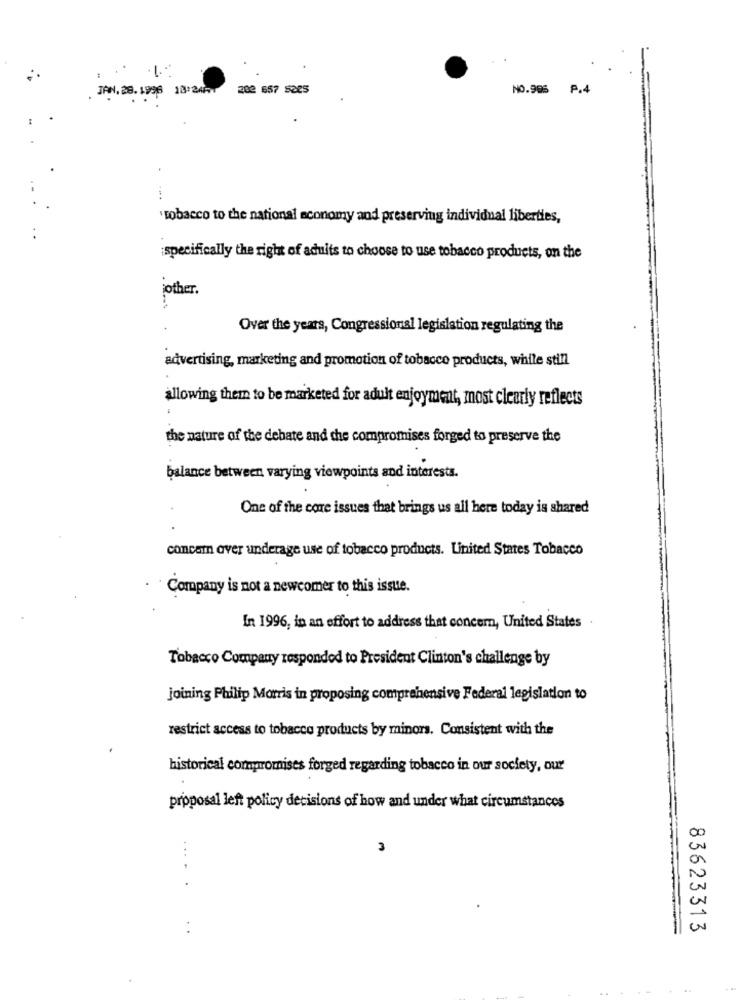
.JAN.28.1996 18:24. 202 657 5225
NO.995 P.4
'tobacco to the national economy and preserving individual liberties,
;specifically the right of aduits to choose to use tobacco products, on the
other .
Over the years, Congressional legislation regulating the
advertising, marketing and promotion of tobacco products, while still
allowing them to be marketed for adult enjoyment, most clearly reflects
the nature of the debate and the compromises forged to preserve the
balance between varying viewpoints and interests.
One of the core issues that brings us all here today is shared
concam over underage use of tobacco products. United States Tobacco
Company is not a newcomer to this issue.
In 1996, in an effort to address that concern, United States .
Tobacco Company responded to President Clinton's challenge by
joining Philip Morris in proposing comprehensive Federal legislation to
restrict access to tobacco products by minors. Consistent with the
historical compromises forged regarding tobacco in our society, our
proposal left policy decisions of how and under what circumstances
3
.....
83623313